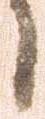
候